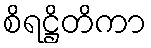
စိရဋ္ဌိတိကာ